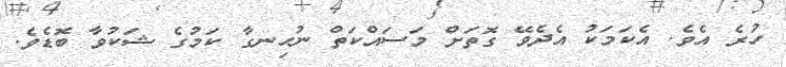
ހުރެ އެވެ. އެކަމަކު އެދެވޭ ގޮތަށް މަސައްކަތް ނުހިނގާ ކަމުގެ ޝަކުވާ ބޮޑެވެ.